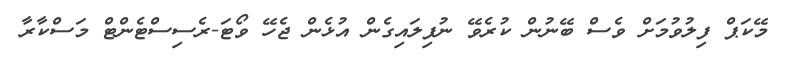
މޭކަޕް ފިލުވުމަށް ވެސް ބޭނުން ކުރެވޭ ނުފިލައިގެން އުޅެން ޖެހޭ ވޯޓަ-ރެސިސްޓެންޓް މަސްކާރާ